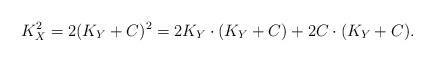
LaTeX: \begin{align*}K_X^2=2(K_Y+C)^2=2K_Y\cdot (K_Y+C) +2C\cdot (K_Y+C).\end{align*}